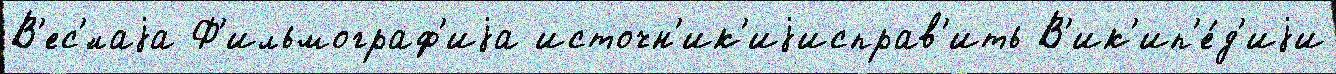
В'ес'́лаjа Ф'ильмограф'иjа источн'ик'иjисправ'ить В'ик'ип'е́д'иjи